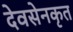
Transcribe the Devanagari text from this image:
देवसेनकृत